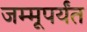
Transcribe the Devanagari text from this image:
जम्मूपर्यंत